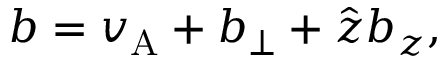
\boldsymbol { b } = v _ { \mathrm { A } } + \boldsymbol { b } _ { \perp } + \hat { \boldsymbol { z } } b _ { z } ,